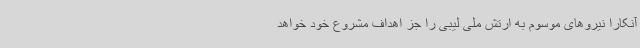
آنکارا نیروهای موسوم به ارتش ملی لیبی را جز اهداف مشروع خود خواهد